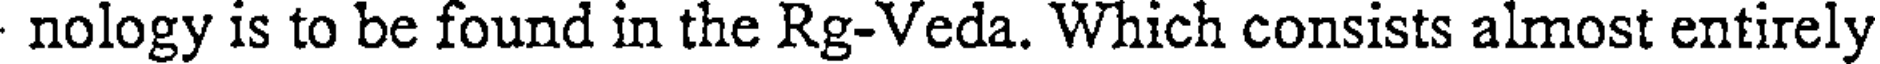
nology is to be found in the Rg-Veda. Which consists almost entirely